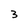
Character: 3